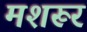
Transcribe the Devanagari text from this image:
मशरूर